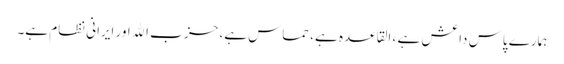
ہمارے پاس داعش ہے ، القاعده ہے، حماس ہے، حز ب الله اور ایرانی نظام ہے۔